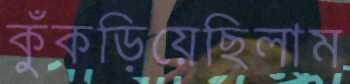
কুঁকড়িয়েছিলাম